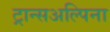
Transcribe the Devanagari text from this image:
ट्रान्सअल्पिना